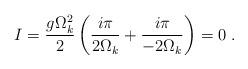
LaTeX: \begin{align*}I=\frac{g\Omega_k^2}{2}\left(\frac{i\pi}{2\Omega_k}+\frac{i\pi}{-2\Omega_k}\right)=0\;.\end{align*}